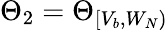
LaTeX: \Theta_{2}=\Theta_{[V_{b},W_{N})}